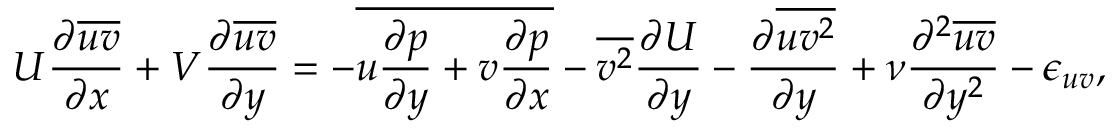
U \frac { \partial \overline { { u v } } } { \partial x } + V \frac { \partial \overline { { u v } } } { \partial y } = - \overline { { u \frac { \partial p } { \partial y } + v \frac { \partial p } { \partial x } } } - \overline { { v ^ { 2 } } } \frac { \partial U } { \partial y } - \frac { \partial \overline { { u v ^ { 2 } } } } { \partial y } + \nu \frac { \partial ^ { 2 } \overline { { u v } } } { \partial y ^ { 2 } } - \epsilon _ { u v } ,